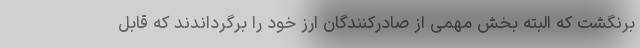
برنگشت که البته بخش مهمی از صادرکنندگان ارز خود را برگرداندند که قابل